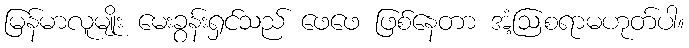
မြန်မာလူမျိုး မေးခွန်းရှင်သည် ဖေဖေ ဖြစ်နေတာ အံ့ဩစရာမဟုတ်ပါ။